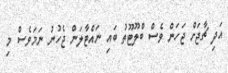
އަދި ޗާޖަށް ޖަހަން ވެސް ބްލޫޓޫތު ބައި ނައްޓާލަން ޖެހުނު ނަމަވެސް މި